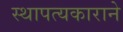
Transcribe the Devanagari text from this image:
स्थापत्यकाराने